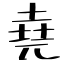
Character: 堯